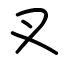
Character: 叉